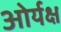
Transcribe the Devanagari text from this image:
ओर्यक्ष